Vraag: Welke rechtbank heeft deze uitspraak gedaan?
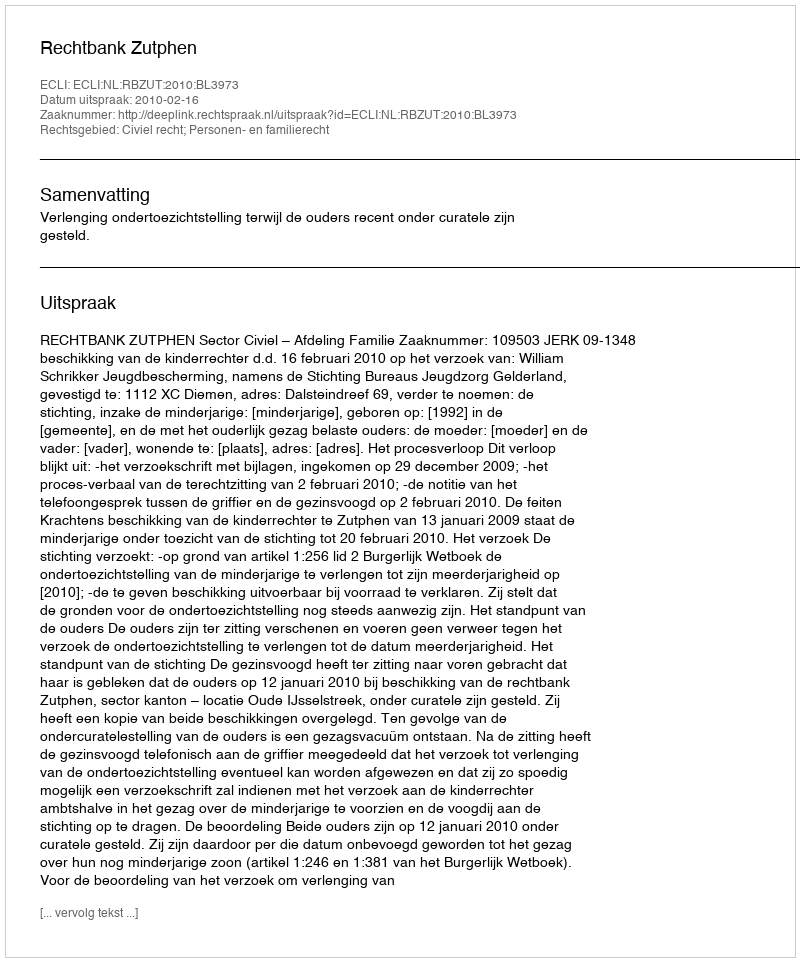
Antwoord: Rechtbank Zutphen